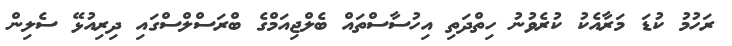
ރަހުމު ކުޑަ މަރާއެކު ކުރެވުނު ހިތްދަތި އިހުސާސްތައް ބެލްޖިއަމްގެ ބްރަސްލްސްގައި ދިރިއުޅޭ ސެލިން